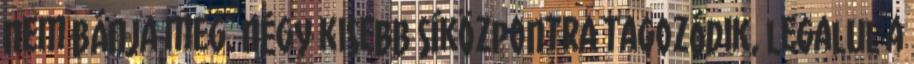
nem bánja meg. Négy kisebb síközpontra tagozódik, legalul a